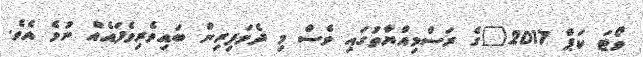
ވޯޓަ ކަޕް 2017"ގެ ރަސްމިއްޔާތުގައި ވެސް މި ދެމަފިރިން ބައިވެރިވެފައެއް ނުވެ އެވެ.